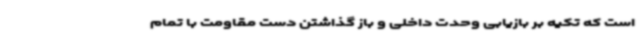
است که تکیه بر بازیابی وحدت داخلی و باز گذاشتن دست مقاومت با تمام